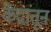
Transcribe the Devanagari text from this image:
केंद्रांतून